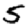
Digit: 5